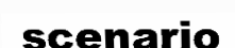
scenario